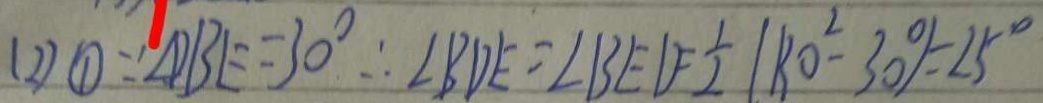
( 2 ) \textcircled { 1 } \because \angle D B E = 3 0 ^ { \circ } \therefore \angle B D E = \angle B E D = \frac { 1 } { 2 } ( 8 0 ^ { 2 } - 3 0 \% ) = 2 5 ^ { \circ }